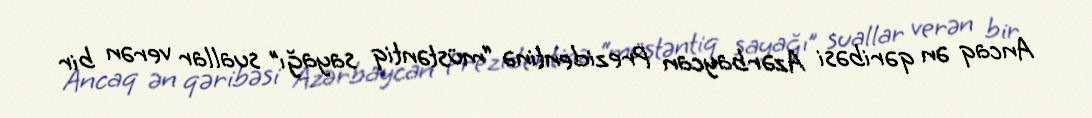
Ancaq ən qəribəsi Azərbaycan Prezidentinə “müstəntiq sayağı” suallar verən bir